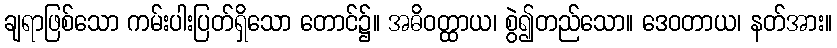
ချရာဖြစ်သော ကမ်းပါးပြတ်ရှိသော တောင်၌။ အဓိဝတ္ထာယ၊ စွဲ၍တည်သော။ ဒေဝတာယ၊ နတ်အား။